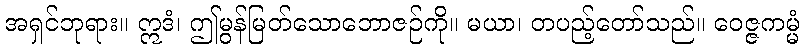
အရှင်ဘုရား။ ဣဒံ၊ ဤမွန်မြတ်သောဘောဇဉ်ကို။ မယာ၊ တပည့်တော်သည်။ ဝေဇ္ဇကမ္မံ